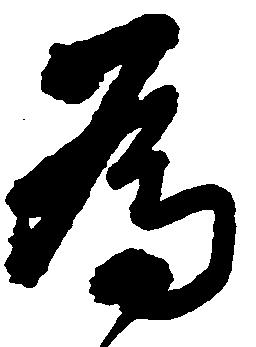
為